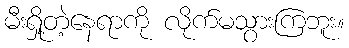
မီးရှို့တဲ့နေရာကို လိုက်မသွားကြဘူး။